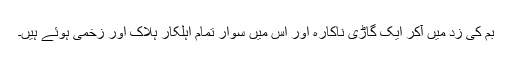
بم کی زد میں آکر ایک گاڑی ناکارہ اور اُس میں سوار تمام اہلکار ہلاک اور زخمی ہوئے ہیں۔